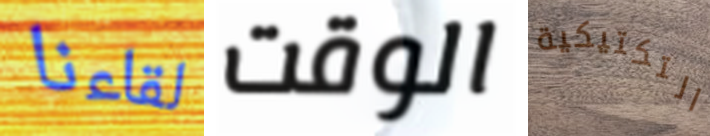
لقاءنا الوقت التكتيكية